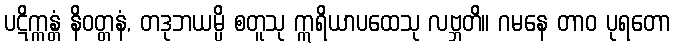
ပဋိက္ကန္တံ နိဝတ္တနံ, တဒုဘယမ္ပိ စတူသု ဣရိယာပထေသု လဗ္ဘတိ။ ဂမနေ တာဝ ပုရတော